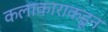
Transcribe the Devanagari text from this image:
कलाकाराकडून